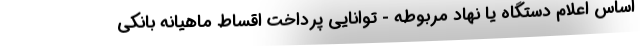
اساس اعلام دستگاه یا نهاد مربوطه - توانایی پرداخت اقساط ماهیانه بانکی